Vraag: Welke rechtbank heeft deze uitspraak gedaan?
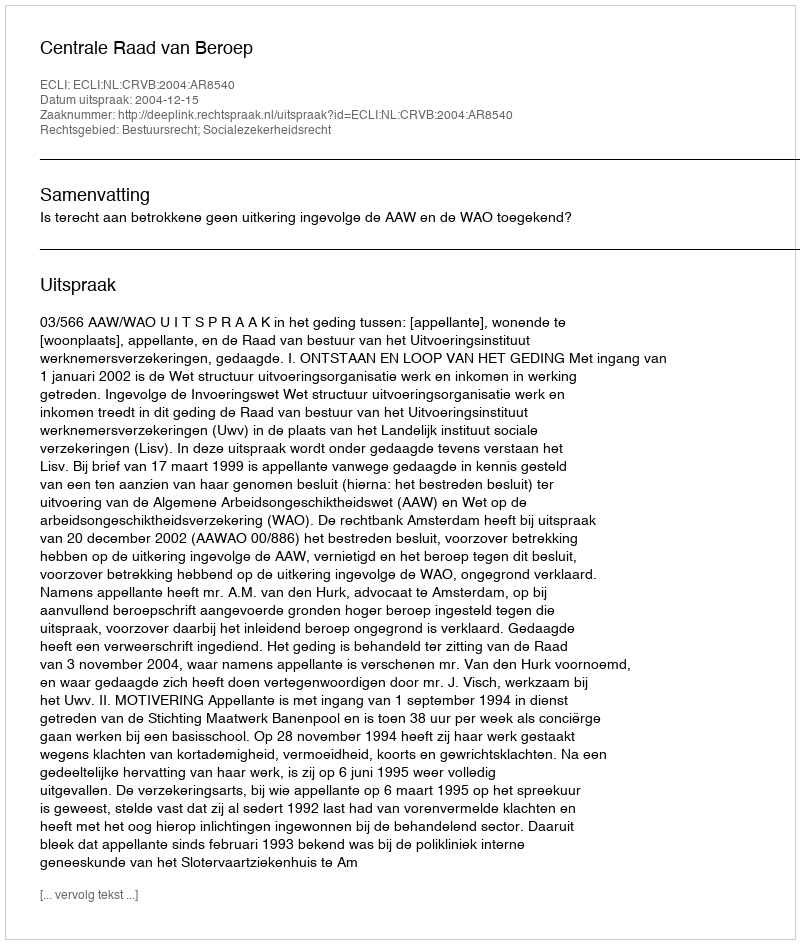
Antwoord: Centrale Raad van Beroep